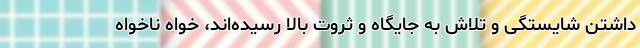
داشتن شایستگی و تلاش به جایگاه و ثروت بالا رسیده‌اند، خواه ناخواه